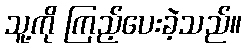
သူ့ကို ကြည့်ပေးခဲ့သည်။